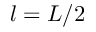
l = L / 2